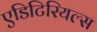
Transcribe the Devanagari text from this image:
एडिटिरियल्स